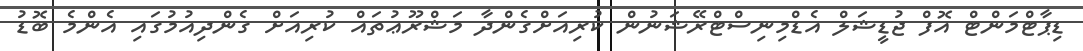
ޑިޕާޓްމަންޓް އޮފް ޖުޑީޝަލް އެޑްމިނިސްޓްރޭޝަނުން ކުރިއަށްގެންދާ މަޝްރޫޢުތައް ކުރިއަށް ގެންދިއުމުގައި އެންމެ ބޮޑު